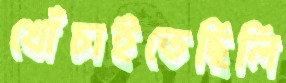
খোঁচাইতেছিলি